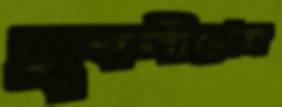
যুবলীগের